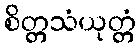
စိတ္တသံယုတ္တံ